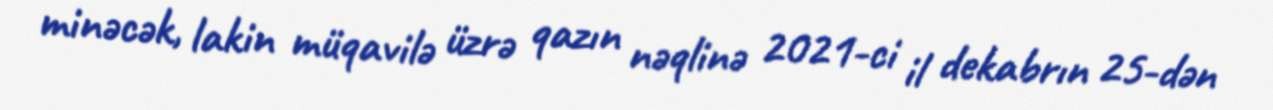
minəcək, lakin müqavilə üzrə qazın nəqlinə 2021-ci il dekabrın 25-dən